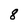
Character: 8